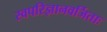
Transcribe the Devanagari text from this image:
स्वपरिज्ञानवर्जिताः